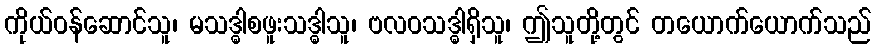
ကိုယ်ဝန်ဆောင်သူ၊ မသဒ္ဓါစဖူးသဒ္ဓါသူ၊ ဗလဝသဒ္ဓါရှိသူ၊ ဤသူတို့တွင် တယောက်ယောက်သည်